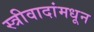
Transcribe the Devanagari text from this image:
स्त्रीवादांमधून